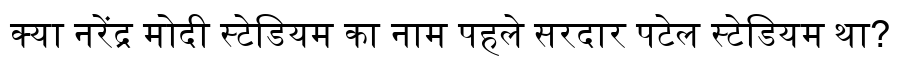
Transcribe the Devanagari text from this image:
क्या नरेंद्र मोदी स्टेडियम का नाम पहले सरदार पटेल स्टेडियम था?